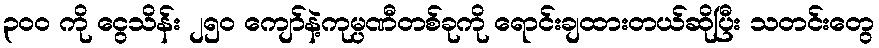
၃၀၀ ကို ငွေသိန်း ၂၅၀ ကျော်နဲ့ကုမ္ပဏီတစ်ခုကို ရောင်းချထားတယ်ဆိုပြီး သတင်းတွေ